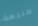
منيعة